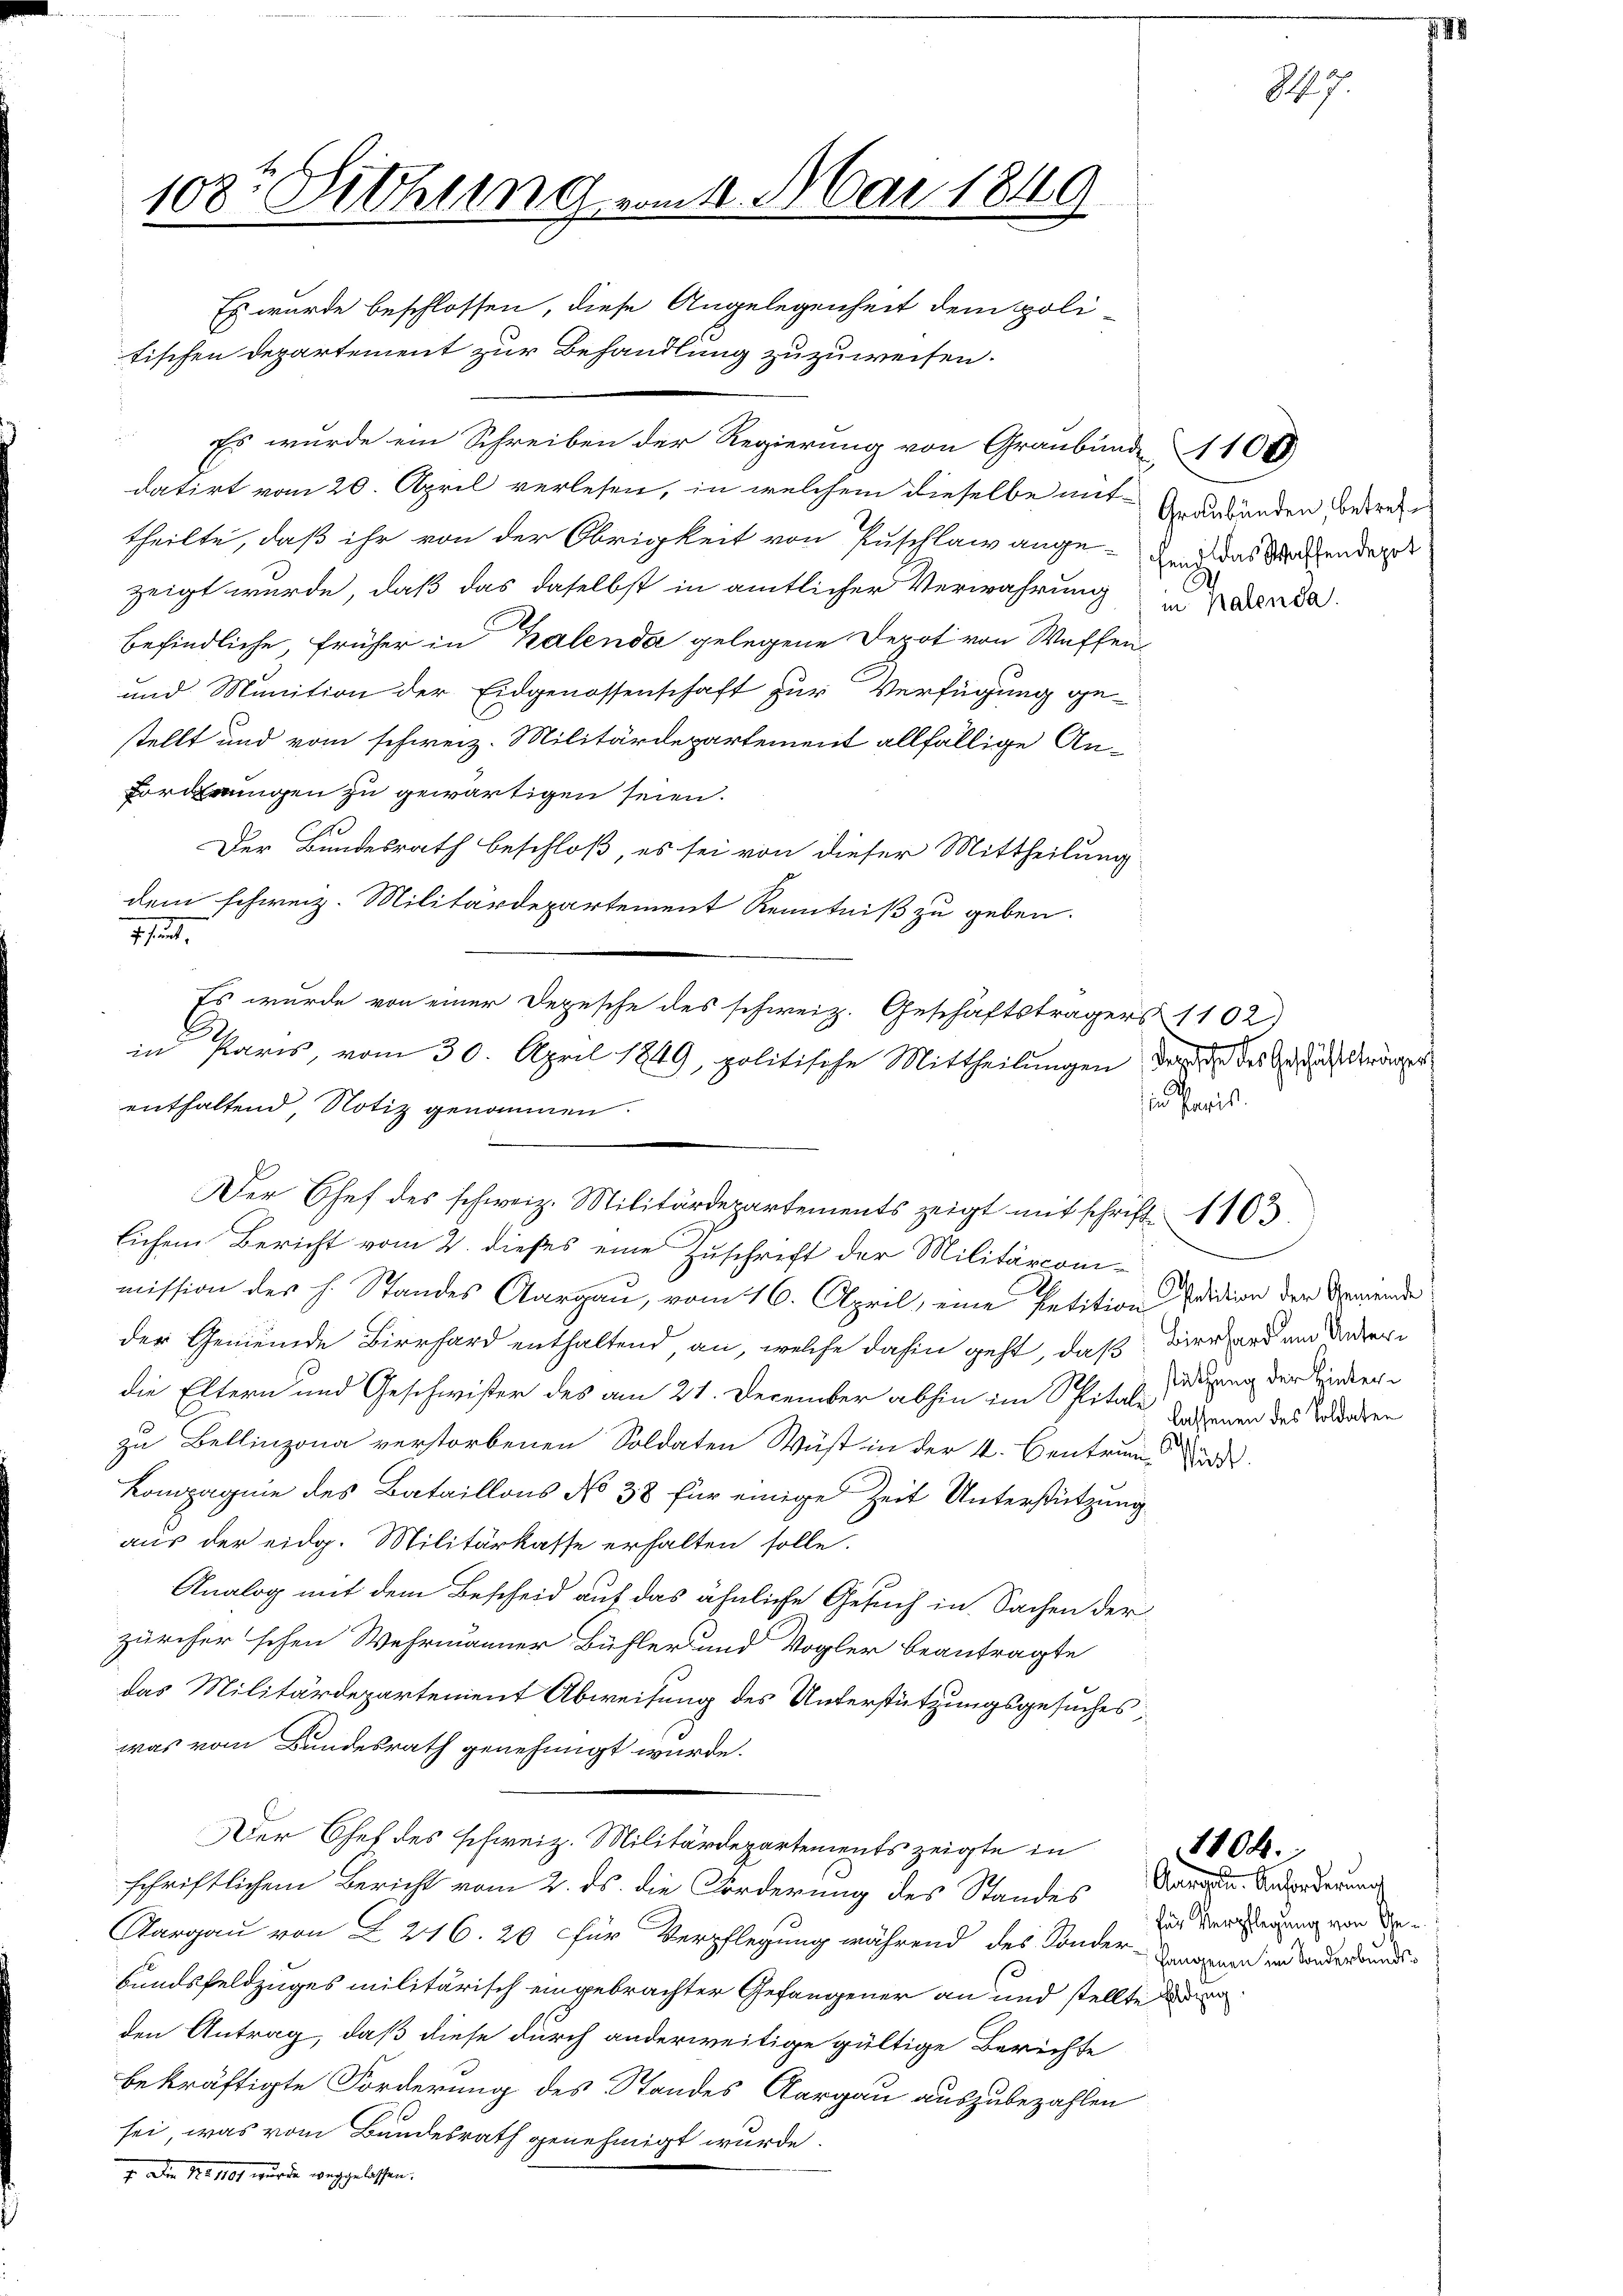
108t Dichung vom 1. Mai 1849
Es wurde beschlossen, diese Angelegenheit dem poli-
tischen Departement zur Behandlung zuzuweisen.

Es wurde ein Schreiben der Regierung von Graubünde 1104
datirt vom 20. April verlesen, in welchem dieselbe mit dabänden sonderen
theilte, daß ihr von der Obrigkeit von Zuschlawange- durch das Wochender
zeigt wurde, daß das daselbst in amtlicher Verwahrung der
befindliche, früher in Kalenda gelegene Depot von Waffen¬
und Munition der Eidgenossenschaft zur Verfügung ge-
stellt und vom schweiz. Militärdepartement allfällige An¬
Forderungen zu gewärtigen seien.
Der Bundesrath beschloß, es sei von dieser Mittheilung
dem schweiz. Militärdepartement Kenntniß zu geben.
thut,
mission der h. Standes Aargau, vom 16. April, eine Petition Edition der Gemeinde
der Gemeinde Birrhard enthaltend an, welche dahin geht, daß
die Eltern und Geschwister des am 21. December abhin im Spitale daher des Soldaten
1
zu Bellinzona verstorbenen Soldaten Wüst in der 4. Centrun-
Lompagnie des Bataillons No 38 für einige Zeit Unterstützung
aus der eidg. Militärkasse erhalten solle.
Analog mit dem Bescheid auf das ähnliche Gesuch in Sachen der
zürcher'schen Wehrmanner Bühler und Vogler beantragte
das Militärdepartement Abweisung des Unterstützungsgesuches
was vom Bundesrath genehmigt wurde.
Der Chef des schweiz. Militärdepartements zeigte in
schriftlichem Bericht vom 2. ds. die Forderung des Standes Morden. Anorderung
Aargau von Z. 216. 20 für Verpflegung während des Sonder-Purgane und werdent-
Bundsfeldzuges militärisch eingebrachter Gefangener an und stellte de
den Antrag, daß diese durch anderweitige gültige Berichte
bekräftigte Forderung des Standes Aargau auszubezahlen
sei, was vom Bundesrath genehmigt wurde.
7. Den 1. 101 wurde weggelassen.

enthaltend, Notiz genommen.

Es wurde von einer Depesche des schweiz. Geschäftsträgers 1102)
in Paris, vom 30. April 1849, politische Mittheilungen der in des Andels dränger
Der Chef des schweiz. Militärdepartements zeigt mit schrift. 1163
lichem Bericht vom 2. dieses eine Zuschrift der Militärcom¬

N. 7.

Genergriffe
A
in Paris

Birnhard am Unterstützung der Hinter¬

1104.

Pict.

für Verpflegung von The